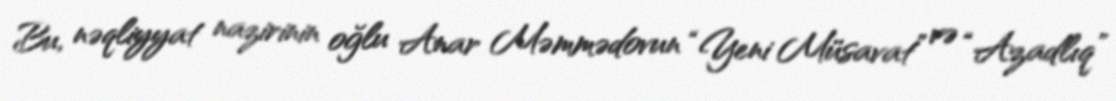
Bu, nəqliyyat nazirinin oğlu Anar Məmmədovun “Yeni Müsavat” və “Azadlıq”